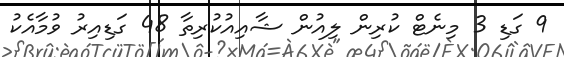
9 ގަޑި 3 މިނެޓް ކުރިން ލިއުން ޝާއިއުކުރިތާ 48 ގަޑިއިރު ވުމާއެކު